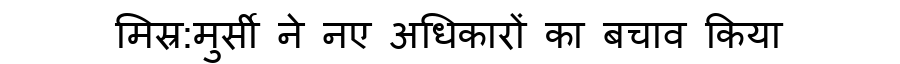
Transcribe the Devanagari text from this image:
मिस्र:मुर्सी ने नए अधिकारों का बचाव किया